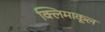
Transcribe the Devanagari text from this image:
क्लिमाकूल